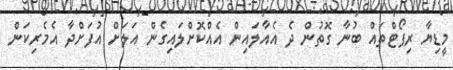
މީޑިޔާ ރިޕޯޓްތައް ބުނާ ގޮތުން ދެ އެއާލައިން އެއްކޮށްލައިގެން އަލަށް އުފަށްދާ އެމެރިކަން